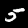
Digit: 5